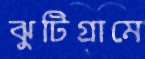
ঝুটিগ্রামে